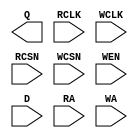

//dual port RAM with active low read and write chip selects, active low write enable and separate read/write clocks
module DPRAM (Q, RCLK, WCLK, RCSN, WCSN, WEN, D, RA, WA);
   parameter words = 'd16;
   parameter width = 'd16;
   parameter addr_width = 4;
        
   input [width-1:0] D;//Input write data
   input [addr_width-1:0] RA;//Read address
   input [addr_width-1:0] WA;//Write address

   output                 reg [width-1:0] Q;//Read output data
   input                  RCLK;
   input                  WCLK;
   input                  RCSN;//Active low read chip select
   input                  WCSN;//Active low write chip select
   input                  WEN;//Active low write enable
   
   // synopsys translate_off
   
   reg [width-1:0]        mem [words-1:0];
   

      always @(posedge RCLK)
        begin
           if ( RCSN == 0 & (WEN == 0 & WCSN == 0 & WA != RA | WEN == 1 | WCSN == 1 ))
             Q <= mem[RA];
           else if ( RCSN == 0 & WEN == 0 & WCSN == 0 & WA == RA )
             Q <= {(width){1'bX}};             
        end
 
      always @(posedge WCLK)
        begin
           if (WEN == 0 & WCSN == 0)
             mem[WA] <= D;            
        end
 
   // synopsys translate_on
   
endmodule